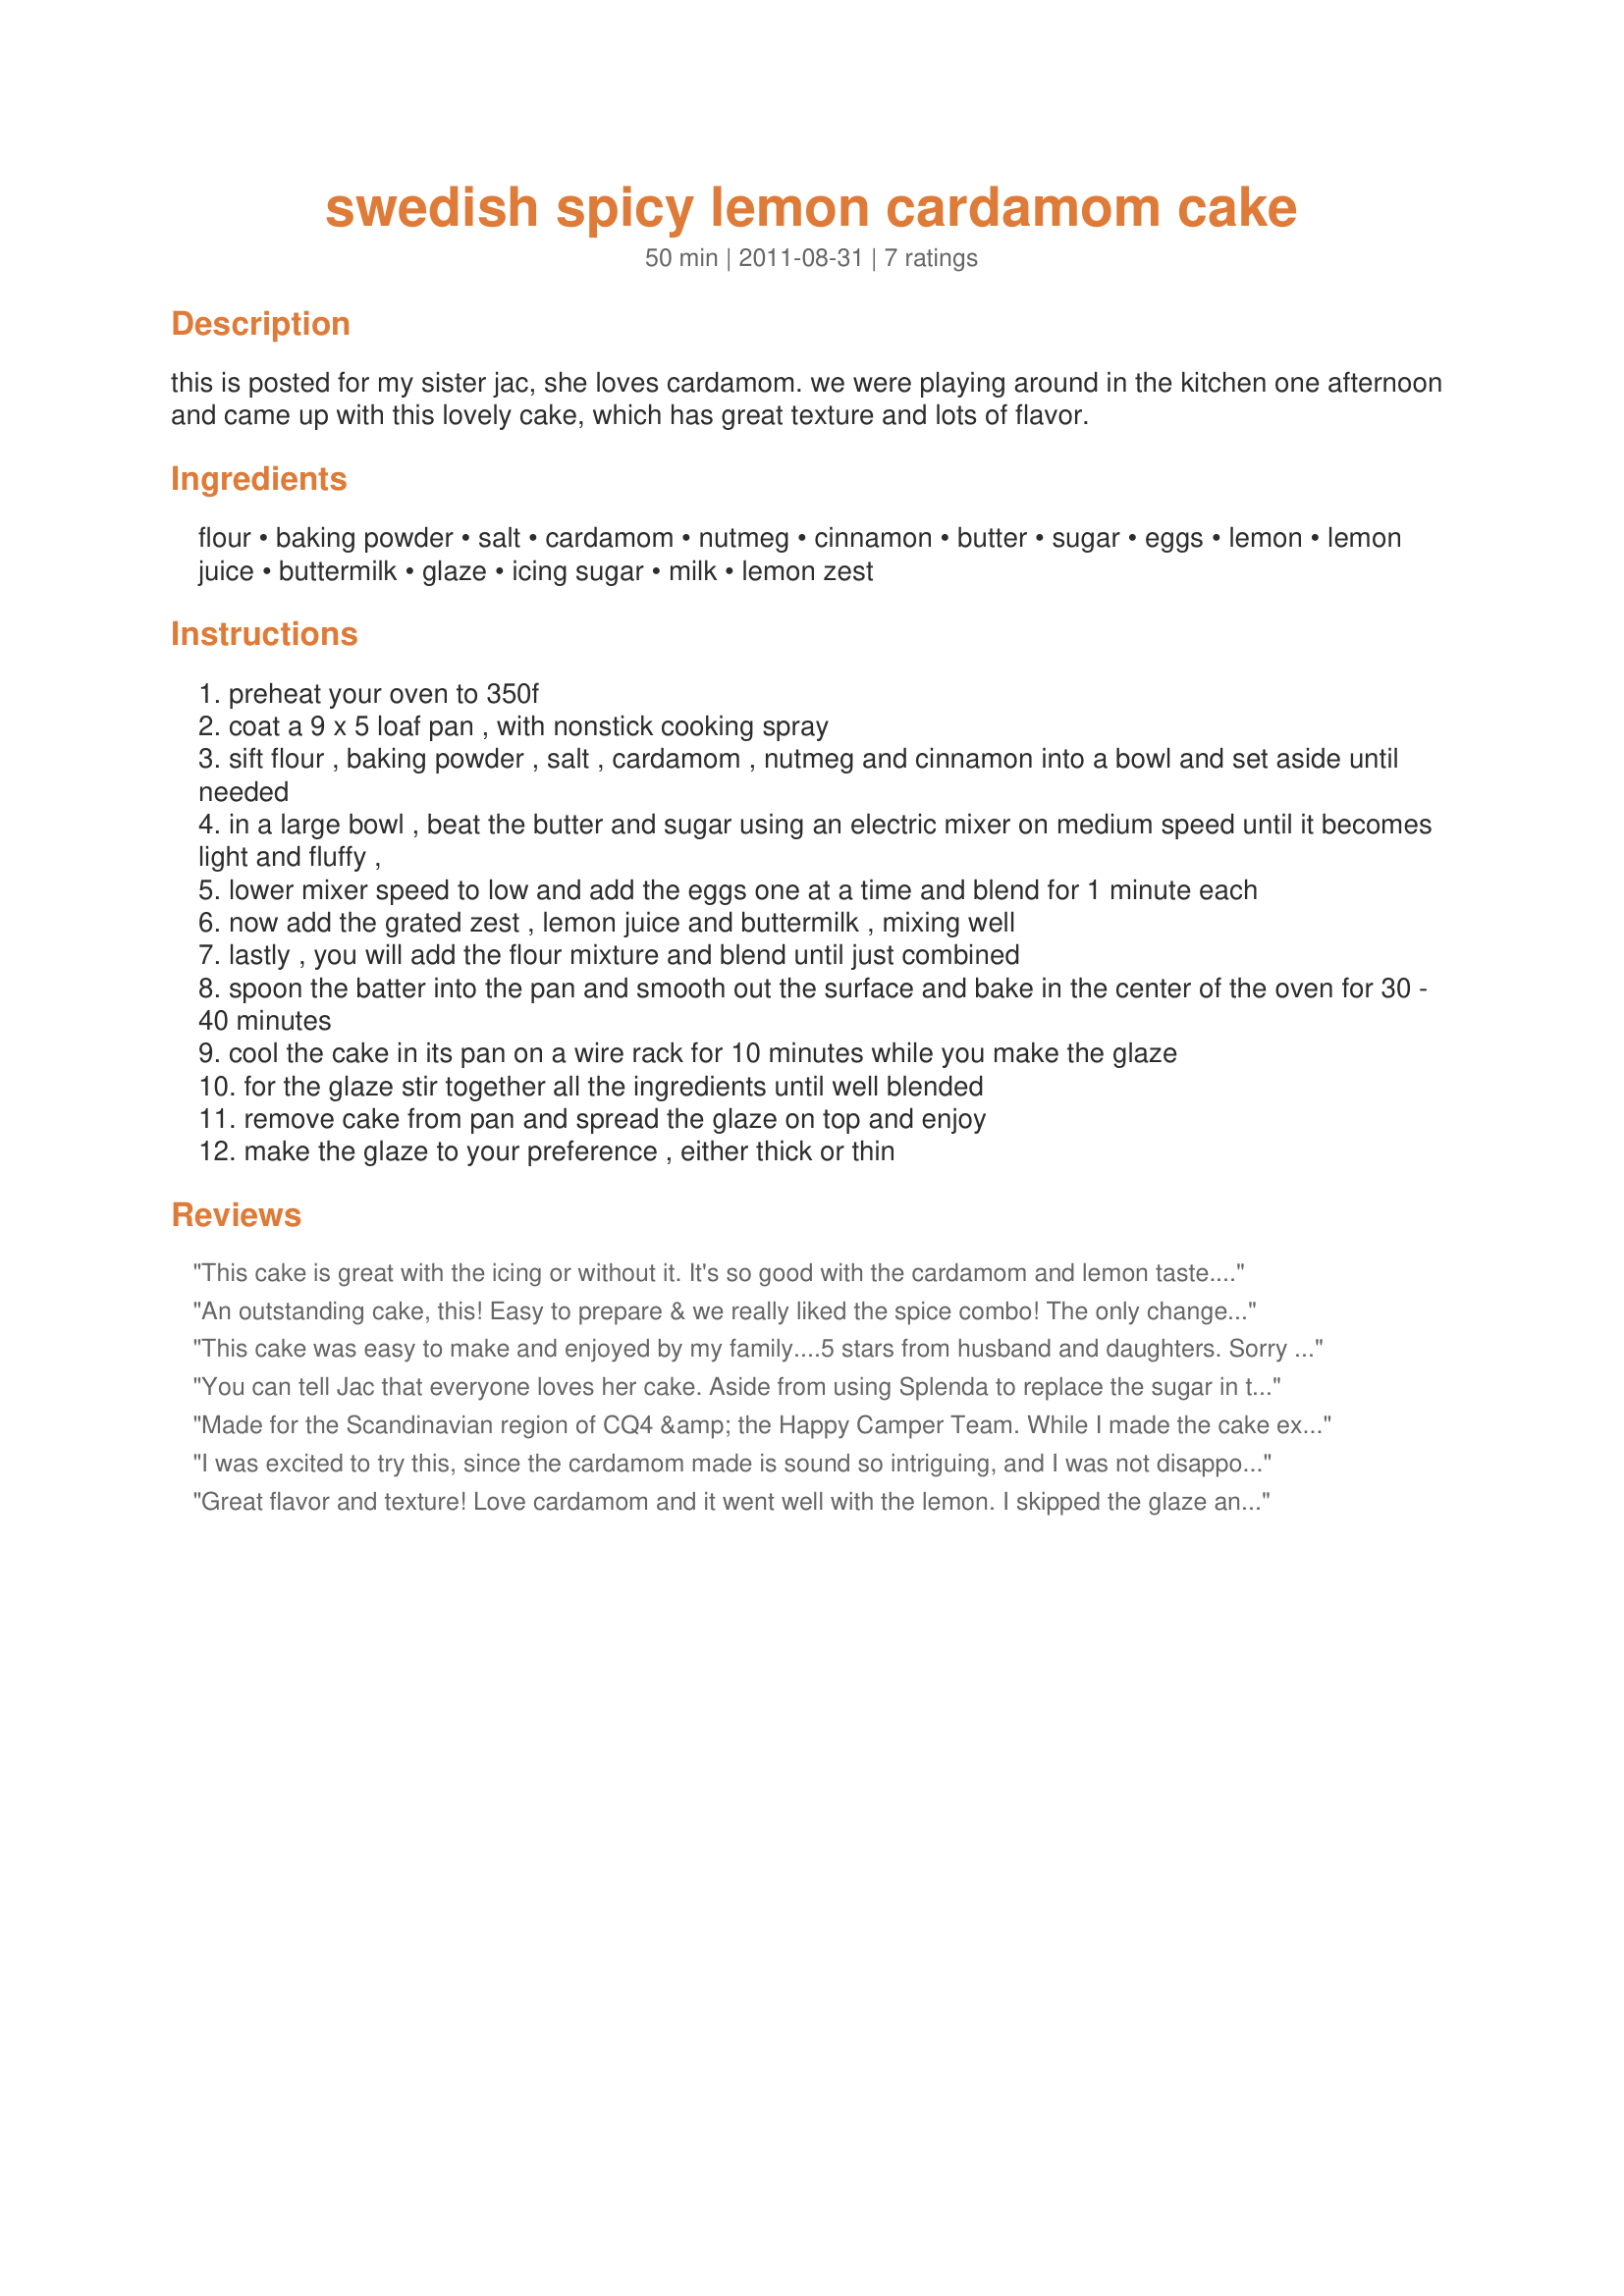
swedish spicy lemon cardamom cake
Preparation time: 50 minutes

this is posted for my sister jac, she loves cardamom. we were playing around in the kitchen one afternoon and came up with this lovely cake, which has great texture and lots of flavor.

Ingredients:
flour, baking powder, salt, cardamom, nutmeg, cinnamon, butter, sugar, eggs, lemon, lemon juice, buttermilk, glaze, icing sugar, milk, lemon zest

Steps:
preheat your oven to 350f
coat a 9 x 5 loaf pan , with nonstick cooking spray
sift flour , baking powder , salt , cardamom , nutmeg and cinnamon into a bowl and set aside until needed
in a large bowl , beat the butter and sugar using an electric mixer on medium speed until it becomes light and fluffy ,
lower mixer speed to low and add the eggs one at a time and blend for 1 minute each
now add the grated zest , lemon juice and buttermilk , mixing well
lastly , you will add the flour mixture and blend until just combined
spoon the batter into the pan and smooth out the surface and bake in the center of the oven for 30 - 40 minutes
cool the cake in its pan on a wire rack for 10 minutes while you make the glaze
for the glaze stir together all the ingredients until well blended
remove cake from pan and spread the glaze on top and enjoy
make the glaze to your preference , either thick or thin

Reviews:
This cake is great with the icing or without it. It's so good with the cardamom and lemon taste. In the cake I used 1/2 cup of sugar. I used 1 1/2 tsp cardamom, no nutmeg. Thanks Baby Kato :) Made for the Best of 2011 tag game
An outstanding cake, this! Easy to prepare & we really liked the spice combo! The only change I made was in the lemon ~ I zested a large one for the batter & then used the juice, along with a nicely rounded measure of zest in the glaze! Certainly a recipe I'll be making again! Thanks for sharing it! [Made & reviewed in Newest Zaar recipe tag]
This cake was easy to make and enjoyed by my family....5 stars from husband and daughters. Sorry that I didn''t get a photo as my camera lens either needs a service or replacing. Made for November Recipe Swap. Thankyou for another great recipe Bk :D
You can tell Jac that everyone loves her cake. Aside from using Splenda to replace the sugar in the cake and glaze this was made as directed and came out perfectly. I made a cup of Corta's Mediterranean coffee and enjoyed a slice of your lovely cake with it this afternoon. The texture is very good and whats not to love about about lemon, cardamom and cinnamon?? Pure bliss in a loaf pan :D.
Made for the Scandinavian region of CQ4 &amp; the Happy Camper Team. While I made the cake exactly as written, I changed the presentation by using Stacy's (Mrs Goodall) Scandinavian Berry Syrup rather than the glaze suggested by the recipe. Like another reviewer, I also had to bake the cake 50 min for it to test done. The flavor &amp; texture are lovely, we enjoyed this very much &amp; next time I want to try it w/the glaze. Thx for sharing this recipe w/the Quest.
I was excited to try this, since the cardamom made is sound so intriguing, and I was not disappointed! The flavor was wonderful and different from any other lemon cake I have had. I made this exactly as posted (but did not use freshly ground spices), adding 1-1/2 t. of cardamom. I baked this in a glass 9x5-inch loaf pan for 50 minutes (maybe it takes longer in glass); however, a tad stuck to the bottom of the pan even though I had sprayed it well with cooking spray. The batter appeared very wet, but the cake came out extremely moist and not too sweet. I made the glaze with the measurements instructed and it produced a thin glaze that added the perfect sweetness (most of it ran off onto the bottom of the plate). I will definitely be making this wonderful cake again. Thanks for sharing. Made for May 2012 Aussie/NZ Swap.
Great flavor and texture! Love cardamom and it went well with the lemon. I skipped the glaze and served with a dollop of whipped cream. Thanks for another winner, BK!
